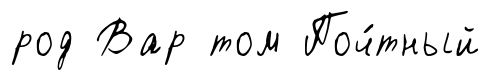
род Вар том Поч́тный